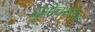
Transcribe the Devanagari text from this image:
गुणोत्तरानेच